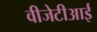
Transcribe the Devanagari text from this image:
वीजेटीआई